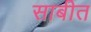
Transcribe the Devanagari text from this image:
साबीत